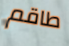
طاقم